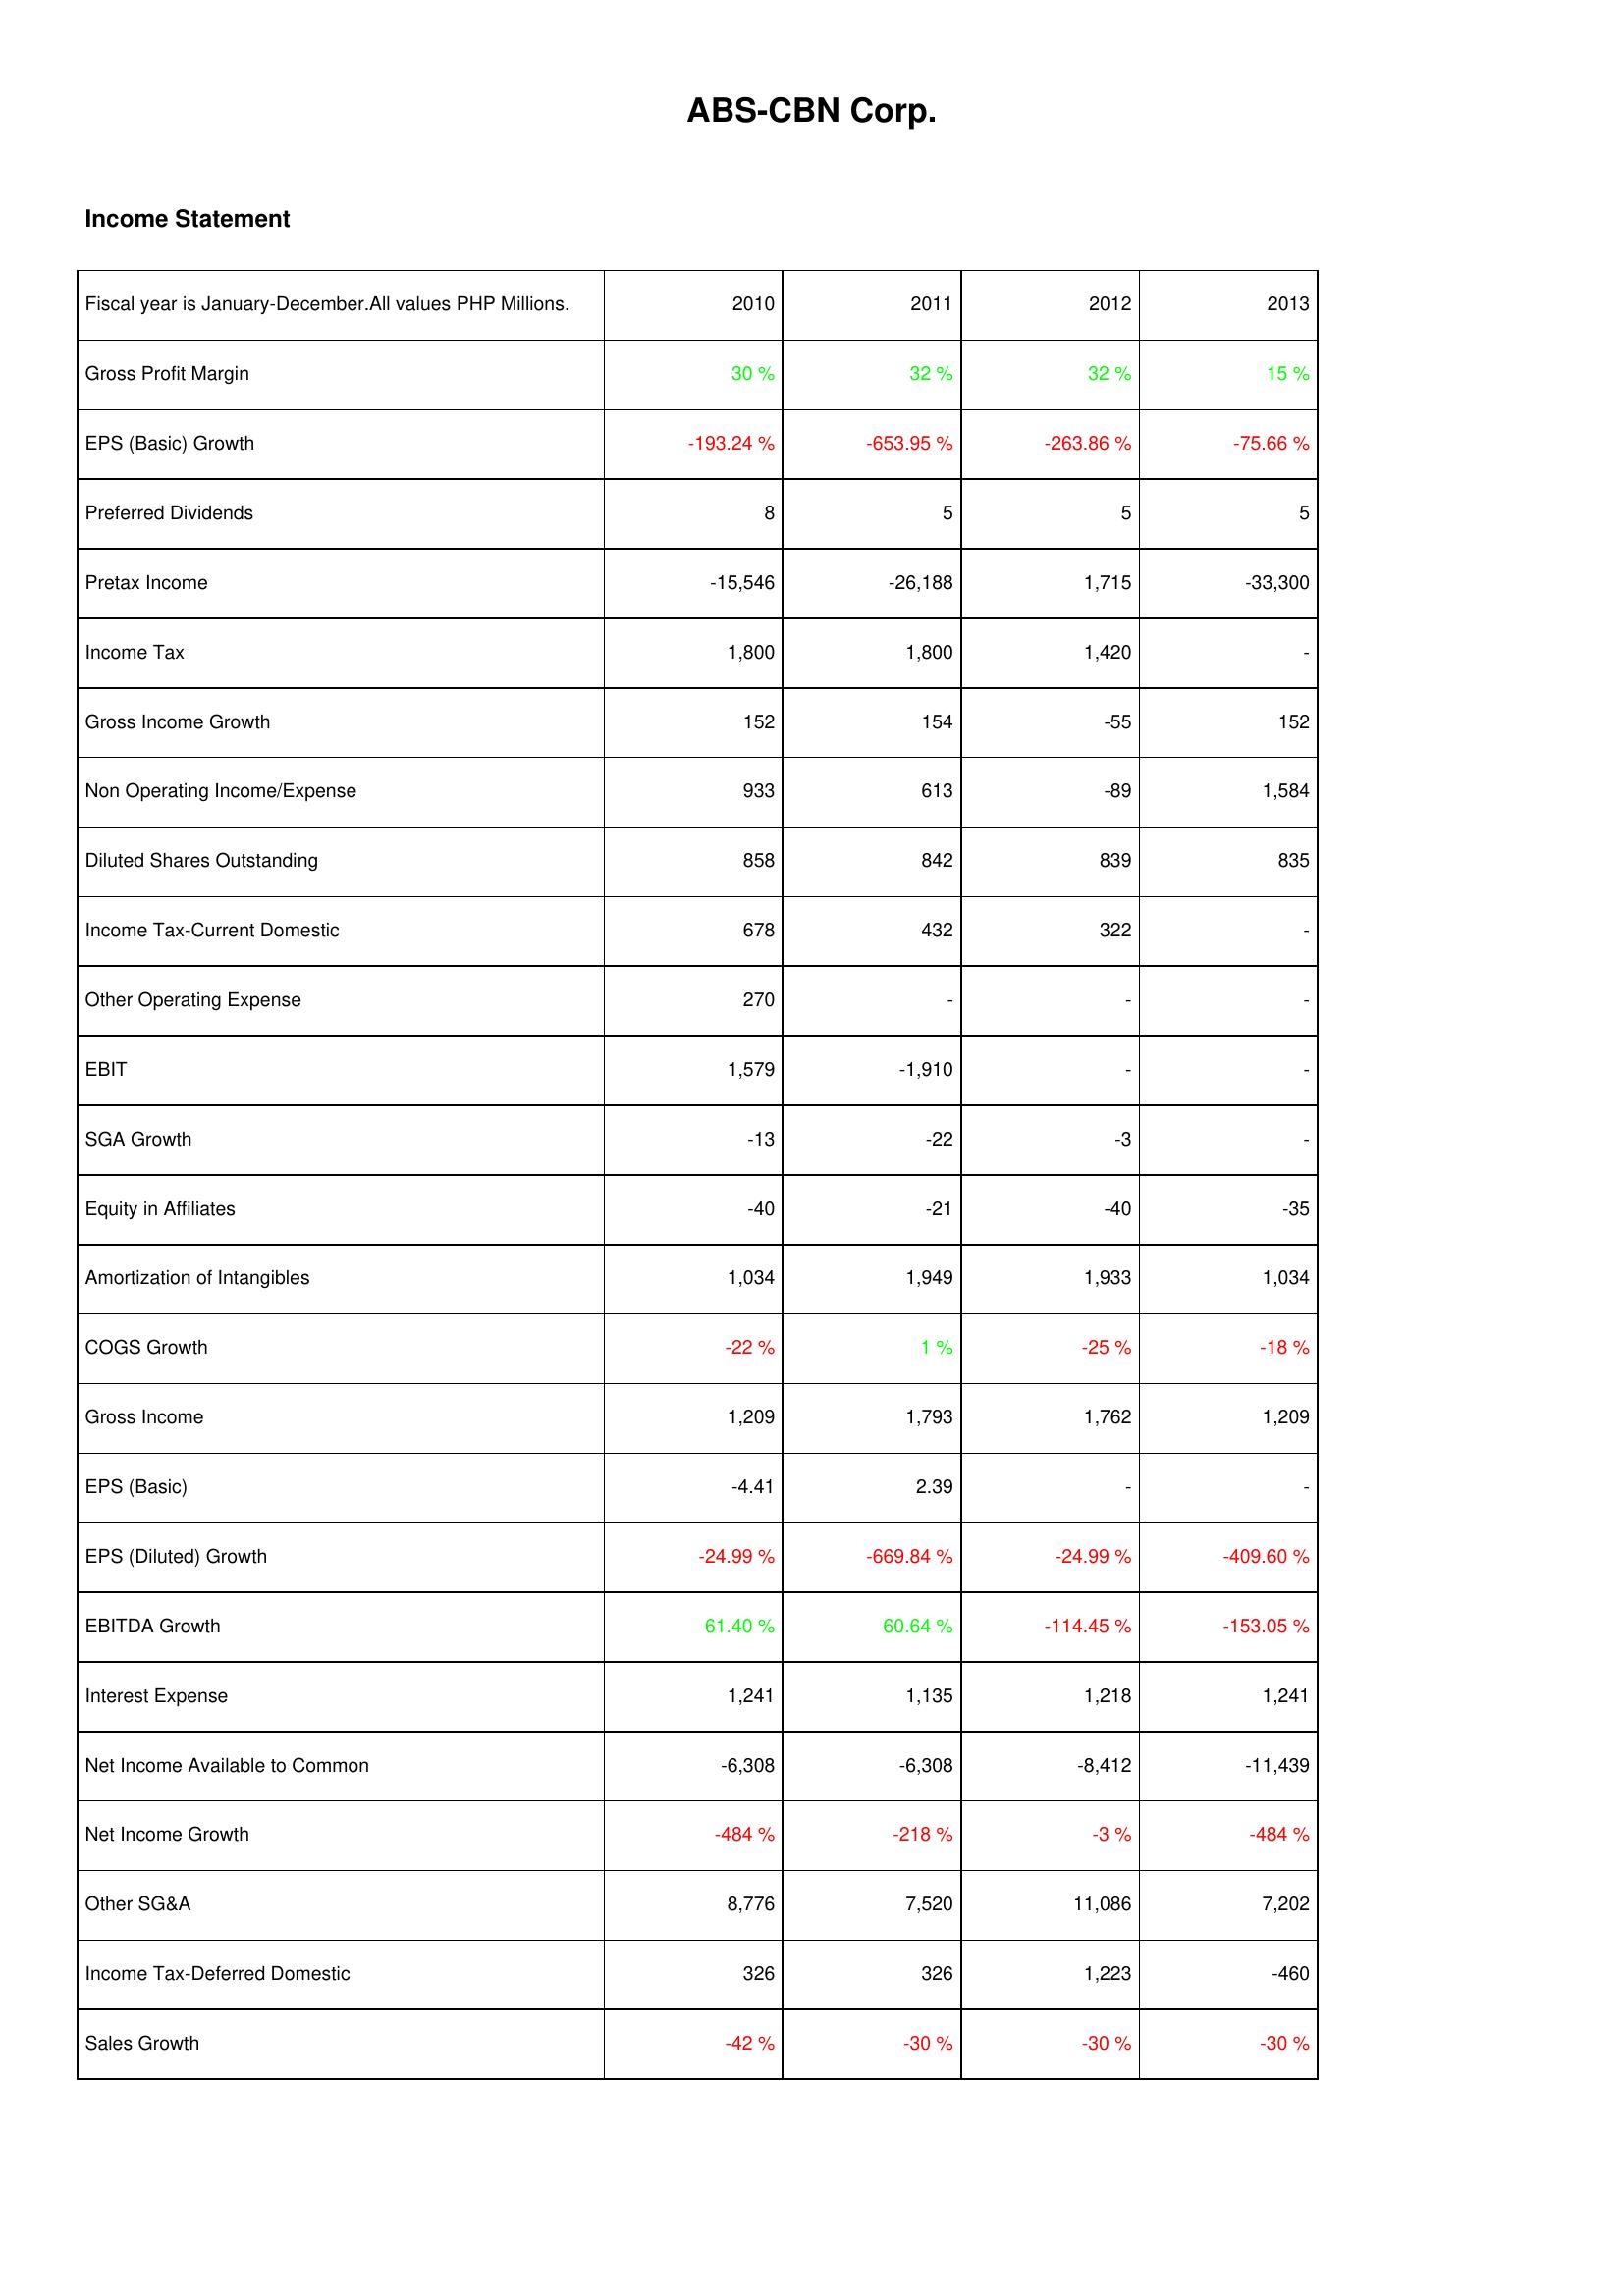
2010: Income Statement: Gross Profit Margin: 30 %
EPS (Basic) Growth: -193.24 %
Preferred Dividends: 8
Pretax Income: -15,546
Income Tax: 1,800
Gross Income Growth: 152
Non Operating Income/Expense: 933
Diluted Shares Outstanding: 858
Income Tax-Current Domestic: 678
Other Operating Expense: 270
EBIT: 1,579
SGA Growth: -13
Equity in Affiliates: -40
Amortization of Intangibles: 1,034
COGS Growth: -22 %
Gross Income: 1,209
EPS (Basic): -4.41
EPS (Diluted) Growth: -24.99 %
EBITDA Growth: 61.40 %
Interest Expense: 1,241
Net Income Available to Common: -6,308
Net Income Growth: -484 %
Other SG&A: 8,776
Income Tax-Deferred Domestic: 326
Sales Growth: -42 %
2011: Income Statement: Gross Profit Margin: 32 %
EPS (Basic) Growth: -653.95 %
Preferred Dividends: 5
Pretax Income: -26,188
Income Tax: 1,800
Gross Income Growth: 154
Non Operating Income/Expense: 613
Diluted Shares Outstanding: 842
Income Tax-Current Domestic: 432
Other Operating Expense: -
EBIT: -1,910
SGA Growth: -22
Equity in Affiliates: -21
Amortization of Intangibles: 1,949
COGS Growth: 1 %
Gross Income: 1,793
EPS (Basic): 2.39
EPS (Diluted) Growth: -669.84 %
EBITDA Growth: 60.64 %
Interest Expense: 1,135
Net Income Available to Common: -6,308
Net Income Growth: -218 %
Other SG&A: 7,520
Income Tax-Deferred Domestic: 326
Sales Growth: -30 %
2012: Income Statement: Gross Profit Margin: 32 %
EPS (Basic) Growth: -263.86 %
Preferred Dividends: 5
Pretax Income: 1,715
Income Tax: 1,420
Gross Income Growth: -55
Non Operating Income/Expense: -89
Diluted Shares Outstanding: 839
Income Tax-Current Domestic: 322
Other Operating Expense: -
EBIT: -
SGA Growth: -3
Equity in Affiliates: -40
Amortization of Intangibles: 1,933
COGS Growth: -25 %
Gross Income: 1,762
EPS (Basic): -
EPS (Diluted) Growth: -24.99 %
EBITDA Growth: -114.45 %
Interest Expense: 1,218
Net Income Available to Common: -8,412
Net Income Growth: -3 %
Other SG&A: 11,086
Income Tax-Deferred Domestic: 1,223
Sales Growth: -30 %
2013: Income Statement: Gross Profit Margin: 15 %
EPS (Basic) Growth: -75.66 %
Preferred Dividends: 5
Pretax Income: -33,300
Income Tax: -
Gross Income Growth: 152
Non Operating Income/Expense: 1,584
Diluted Shares Outstanding: 835
Income Tax-Current Domestic: -
Other Operating Expense: -
EBIT: -
SGA Growth: -
Equity in Affiliates: -35
Amortization of Intangibles: 1,034
COGS Growth: -18 %
Gross Income: 1,209
EPS (Basic): -
EPS (Diluted) Growth: -409.60 %
EBITDA Growth: -153.05 %
Interest Expense: 1,241
Net Income Available to Common: -11,439
Net Income Growth: -484 %
Other SG&A: 7,202
Income Tax-Deferred Domestic: -460
Sales Growth: -30 %